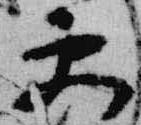
更